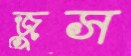
জুস